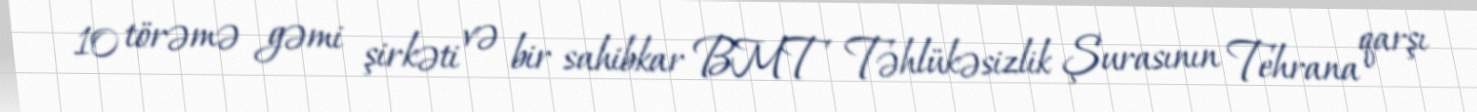
10 törəmə gəmi şirkəti və bir sahibkar BMT Təhlükəsizlik Şurasının Tehrana qarşı